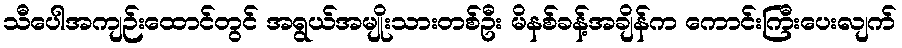
သီပေါအကျဉ်းထောင်တွင် အရွယ်အမျိုးသားတစ်ဦး မိနစ်ခန့်အချိန်က ကောင်းကြီးပေးလျက်